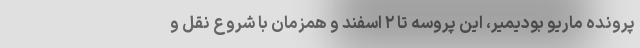
پرونده ماریو بودیمیر، این پروسه تا ۲ اسفند و همزمان با شروع نقل و